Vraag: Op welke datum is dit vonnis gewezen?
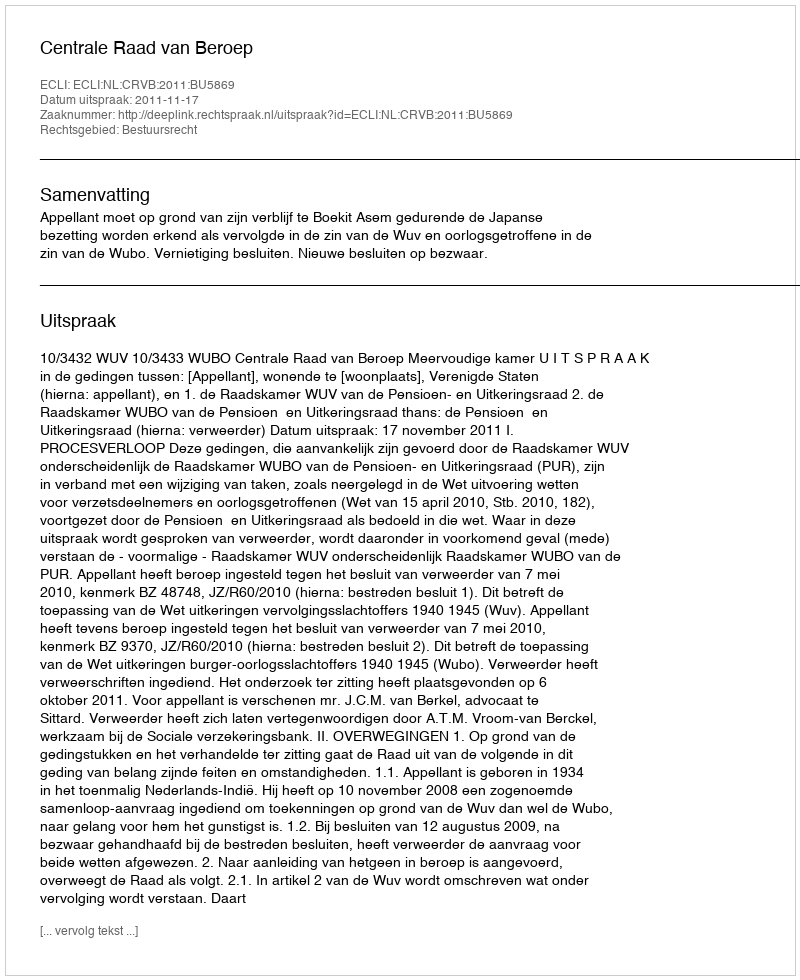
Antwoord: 2011-11-17